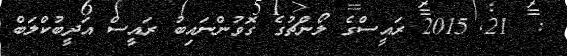
:  21